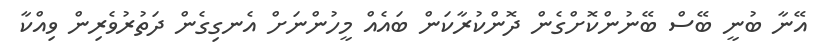
އޭނާ ބުނީ ބޭސް ބޭނުންކޮށްގެން ދޮންކުރާކަން ބައެއް މީހުންނަށް އެނގިގެން ދަތުރުވެރިން ވިއްކާ